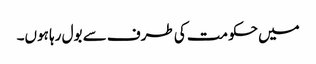
میں حکومت کی طرف سے بول رہا ہوں۔